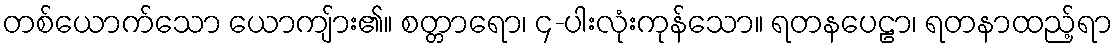
တစ်ယောက်သော ယောကျ်ား၏။ စတ္တာရော၊ ၄-ပါးလုံးကုန်သော။ ရတနပေဠာ၊ ရတနာထည့်ရာ